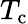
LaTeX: T_{\mathrm{c}}